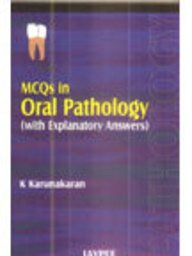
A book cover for MCQs in Oral Pathology; K. Karunakaran; Medical Books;